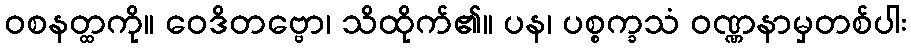
ဝစနတ္ထကို။ ဝေဒိတဗ္ဗော၊ သိထိုက်၏။ ပန၊ ပစ္စက္ခသံ ဝဏ္ဏနာမှတစ်ပါး